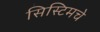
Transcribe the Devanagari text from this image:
सिस्टिमचे